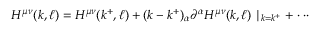
H ^ { \mu \nu } ( k , \ell ) = H ^ { \mu \nu } ( k ^ { + } , \ell ) + ( k - k ^ { + } ) _ { \alpha } \partial ^ { \alpha } H ^ { \mu \nu } ( k , \ell ) \mid _ { k = k ^ { + } } + \cdot \cdot \cdot